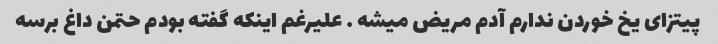
پیتزای یخ خوردن ندارم آدم مریض میشه … علیرغم اینکه گفته بودم حتمن داغ برسه